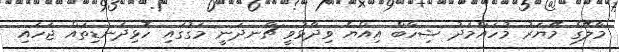
މާލޭގެ މޭޔަރު މުހައްމަދު ޝިހާބް އިއްޔެ ވިދާޅުވީ ޗާނދަނީ މަގުގައި ހޮޅިދަނޑިތައް ޖަހައި